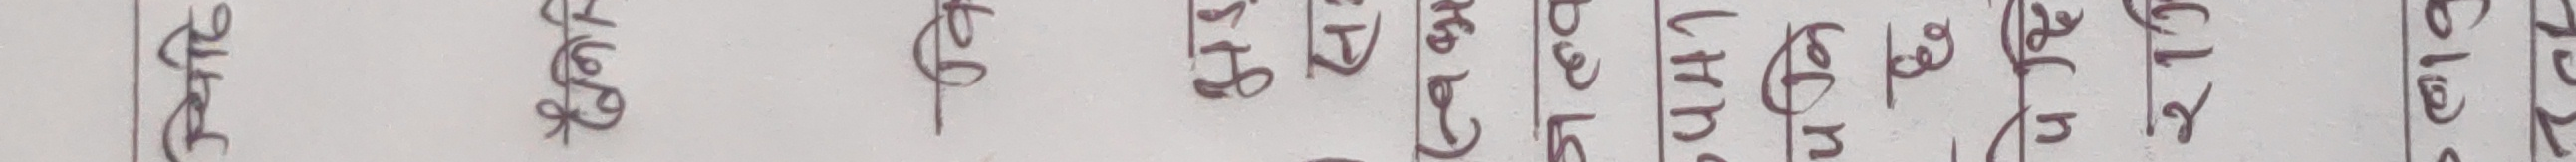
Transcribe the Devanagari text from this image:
रेटिङ करीव ५३५ चेतनाथ खत्री जुन ६०५२१८६६।